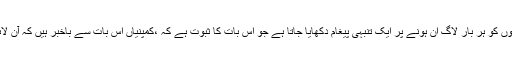
ڈاکٹر شمائلہ کے مطابق، ’مقبول ترین آن لائن گیم کھیلنے والوں کو ہر بار لاگ ان ہونے پر ایک تنبہی پیغام دکھایا جاتا ہے جو اس بات کا ثبوت ہے کہ ،کمپنیاں اس بات سے باخبر ہیں کہ آن لائن گیم کھلینے والے دلچسپی کے باعث عادی بن سکتے ہیں‘’۔